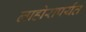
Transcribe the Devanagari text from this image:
लाहोरापर्यंत